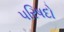
પરિષદો